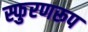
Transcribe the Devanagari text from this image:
स्फुरणरूप